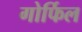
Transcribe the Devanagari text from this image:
गोर्फिल